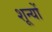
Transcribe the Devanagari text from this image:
शून्यों